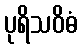
ပုရိသဝိဓံ